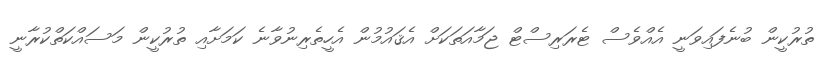
ތުރުކީން ބުނެފައިވަނީ އެއްވެސް ޓެރަރިސްޓް ޖަމާއަތަކަށް އެޤައުމުން އެހީތެރިނުވާނެ ކަމަށާއި ތުރުކީން މަސައްކަތްކުރާނީ